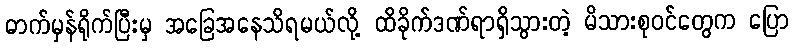
ဓာက်မှန်ရိုက်ပြီးမှ အခြေအနေသိရမယ်လို့ ထိခိုက်ဒဏ်ရာရှိသွားတဲ့ မိသားစုဝင်တွေက ပြော